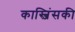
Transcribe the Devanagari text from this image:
कास्जिंसकी